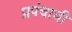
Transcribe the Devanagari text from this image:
प्रपंचाची